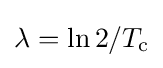
\lambda =\ln 2/T_{\text{c}}